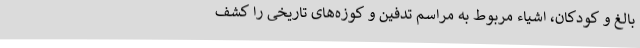
بالغ و کودکان، اشیاء مربوط به مراسم تدفین و کوزه‌های تاریخی را کشف